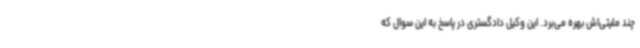
چند ملیتی‌اش بهره می‌برد. این وکیل دادگستری در پاسخ به این سوال که